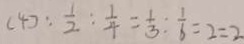
( 4 ) : \frac { 1 } { 2 } : \frac { 1 } { 4 } = \frac { 1 } { 3 } : \frac { 1 } { 6 } = 2 = 2